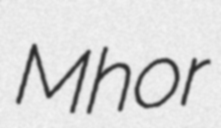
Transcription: Mhor